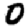
Digit: 0